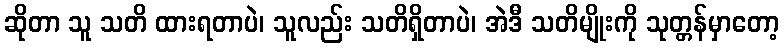
ဆိုတာ သူ သတိ ထားရတာပဲ၊ သူလည်း သတိရှိတာပဲ၊ အဲဒီ သတိမျိုးကို သုတ္တန်မှာတော့